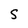
Character: S